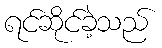
ရင်ဆိုင်ခဲ့သည်